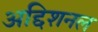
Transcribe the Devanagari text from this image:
अद्दिशनल